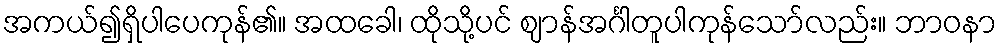
အကယ်၍ရှိပါပေကုန်၏။ အထခေါ၊ ထိုသို့ပင် ဈာန်အင်္ဂါတူပါကုန်သော်လည်း။ ဘာဝနာ